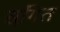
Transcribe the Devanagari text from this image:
स्ंगित